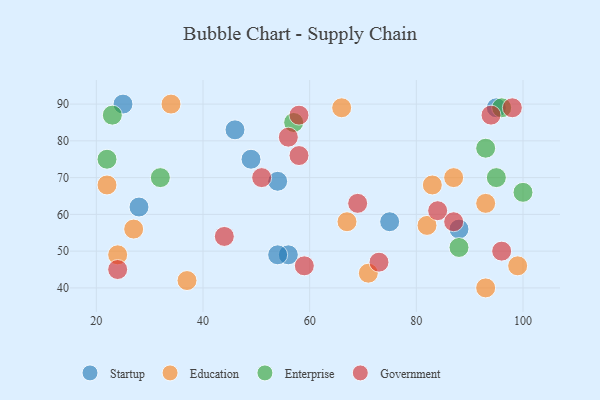
{"axis": {"x": "GDP", "y": "Life Expectancy"}, "legend": ["Education", "Enterprise", "Government", "Startup"], "data": [{"x": "25", "y": 90, "type": "Startup"}, {"x": "28", "y": 62, "type": "Startup"}, {"x": "54", "y": 69, "type": "Startup"}, {"x": "95", "y": 89, "type": "Startup"}, {"x": "56", "y": 49, "type": "Startup"}, {"x": "49", "y": 75, "type": "Startup"}, {"x": "75", "y": 58, "type": "Startup"}, {"x": "46", "y": 83, "type": "Startup"}, {"x": "88", "y": 56, "type": "Startup"}, {"x": "54", "y": 49, "type": "Startup"}, {"x": "24", "y": 49, "type": "Education"}, {"x": "66", "y": 89, "type": "Education"}, {"x": "71", "y": 44, "type": "Education"}, {"x": "87", "y": 70, "type": "Education"}, {"x": "93", "y": 40, "type": "Education"}, {"x": "67", "y": 58, "type": "Education"}, {"x": "34", "y": 90, "type": "Education"}, {"x": "82", "y": 57, "type": "Education"}, {"x": "93", "y": 63, "type": "Education"}, {"x": "22", "y": 68, "type": "Education"}, {"x": "37", "y": 42, "type": "Education"}, {"x": "99", "y": 46, "type": "Education"}, {"x": "83", "y": 68, "type": "Education"}, {"x": "27", "y": 56, "type": "Education"}, {"x": "32", "y": 70, "type": "Enterprise"}, {"x": "93", "y": 78, "type": "Enterprise"}, {"x": "88", "y": 51, "type": "Enterprise"}, {"x": "96", "y": 89, "type": "Enterprise"}, {"x": "22", "y": 75, "type": "Enterprise"}, {"x": "23", "y": 87, "type": "Enterprise"}, {"x": "95", "y": 70, "type": "Enterprise"}, {"x": "100", "y": 66, "type": "Enterprise"}, {"x": "57", "y": 85, "type": "Enterprise"}, {"x": "44", "y": 54, "type": "Government"}, {"x": "98", "y": 89, "type": "Government"}, {"x": "51", "y": 70, "type": "Government"}, {"x": "58", "y": 76, "type": "Government"}, {"x": "96", "y": 50, "type": "Government"}, {"x": "59", "y": 46, "type": "Government"}, {"x": "73", "y": 47, "type": "Government"}, {"x": "94", "y": 87, "type": "Government"}, {"x": "58", "y": 87, "type": "Government"}, {"x": "56", "y": 81, "type": "Government"}, {"x": "84", "y": 61, "type": "Government"}, {"x": "87", "y": 58, "type": "Government"}, {"x": "24", "y": 45, "type": "Government"}, {"x": "69", "y": 63, "type": "Government"}]}